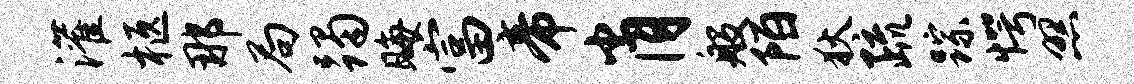
灌柩那局躅晦富帝肖般陌狄疏踪愕照